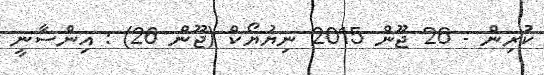
ކުރިން - 26 ޖޫން 2015 ނިޔުޔޯކް (ޖޫން 26) : އިންސާނީ